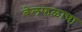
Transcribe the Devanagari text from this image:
बेलफळाचा